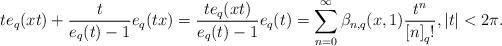
LaTeX: \begin{align*}te_{q}(xt)+\frac{t}{e_{q}(t)-1}e_{q}(tx)=\frac{te_{q}(xt)}{e_{q}(t)-1}e_{q}(t)=\sum_{n=0}^{\infty}\mathit{\beta}_{n,q}(x,1)\frac{t^{n}}{\left[n\right] _{q}!},\left\vert t\right\vert <2\pi.\end{align*}